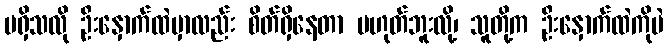
မရှိသလို ဦးနှောက်ထဲမှာလည်း စိတ်ရှိနေတာ မဟုတ်ဘူးလို့၊ သူတို့က ဦးနှောက်ထဲကိုပဲ